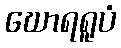
ဃောရရူပံ